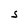
Character: S